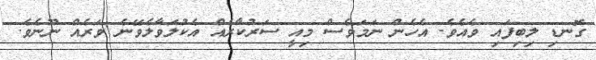
ގޮނޑި ލިބިފައި ވެއެވެ. އެެހެން ނަމަވެސް މިއީ ސަރުކާރެއް އެކުލަވާލެވޭނެ ވަރެއް ނޫނެވެ.